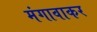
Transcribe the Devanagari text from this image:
मंगावाकर